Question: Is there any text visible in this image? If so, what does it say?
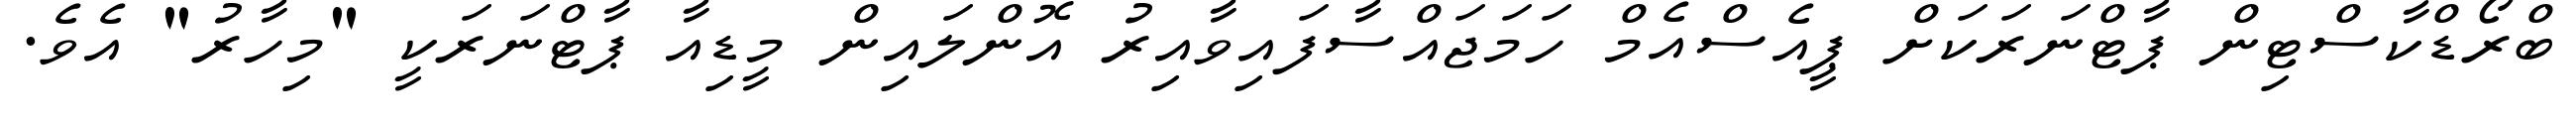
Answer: ބްރޯޑްކާސްޓިން ޕާޓްނަރަކަށް ޕީއެސްއެމް ހަމަޖައްސާފައިވާއިރު އޮންލައިން މީޑިއާ ޕާޓްނަރަކީ "މިހާރު" އެވެ.